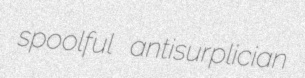
spoolful antisurplician